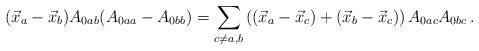
LaTeX: \begin{align*}(\vec{x}_{a}-\vec{x}_{b})A_{0ab}(A_{0aa}-A_{0bb}) =\displaystyle{\sum_{c\neq a,b}\left((\vec{x}_{a}-\vec{x}_{c})+(\vec{x}_{b}-\vec{x}_{c})\right)A_{0ac}A_{0bc}}\,.\end{align*}